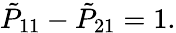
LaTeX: {\tilde{P}}_{11}-{\tilde{P}}_{21}=1.